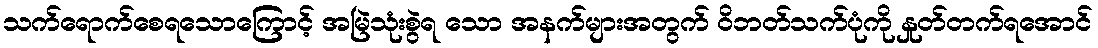
သက်ရောက်စေရသောကြောင့် အမြဲသုံးစွဲရ သော အနက်များအတွက် ဝိဘတ်သက်ပုံကို နှုတ်တက်ရအောင်